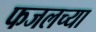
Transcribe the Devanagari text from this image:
फजलच्या